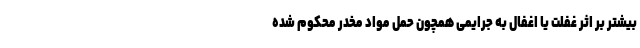
بیشتر بر اثر غفلت یا اغفال به جرایمی همچون حمل مواد مخدر محکوم شده